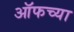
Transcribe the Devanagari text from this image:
ऑफच्या